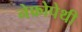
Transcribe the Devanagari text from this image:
नेफ्रोपेथी